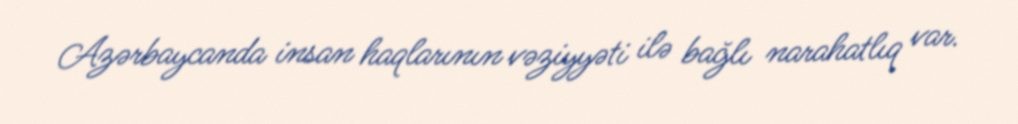
Azərbaycanda insan haqlarının vəziyyəti ilə bağlı narahatlıq var.